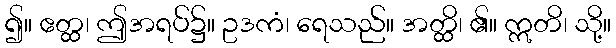
၍။ ဧတ္ထ၊ ဤအရပ်၌။ ဥဒကံ၊ ရေသည်။ အတ္ထိ၊ ၏။ ဣတိ၊ သို့။